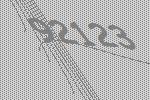
92123